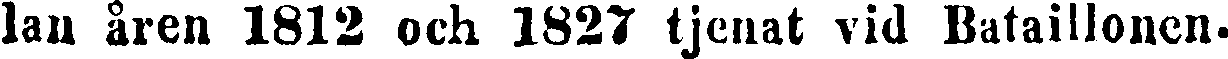
lan åren 1812 och 1827 tjenat vid Bataillonen.